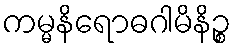
ကမ္မနိရောဓဂါမိနိဉ္စ